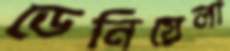
ডেনিয়েলা